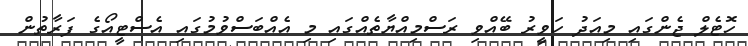
ހޮޓެލް ޖެންގައި މިއަދު ހަވީރު ބޭއްވި ރަސްމިއްޔާތެއްގައި މި އެއްބަސްވުމުގައި އެސްޓީއޯގެ ފަރާތުން